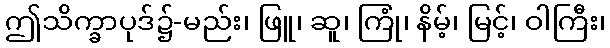
ဤသိက္ခာပုဒ်၌-မည်း၊ ဖြူ၊ ဆူ၊ ကြုံ၊ နိမ့်၊ မြင့်၊ ဝါကြီး၊